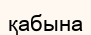
қабына